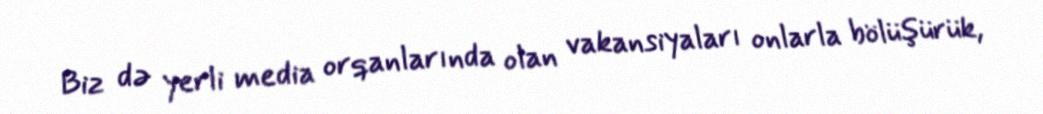
Biz də yerli media orqanlarında olan vakansiyaları onlarla bölüşürük,